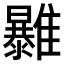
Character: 𩁠